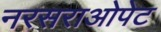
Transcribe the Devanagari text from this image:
नरसराओपेट